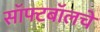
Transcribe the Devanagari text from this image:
सॉफ्टबॉलचे